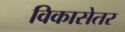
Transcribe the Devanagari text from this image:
विकासेतर